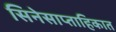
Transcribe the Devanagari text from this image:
सिनेसाप्ताहिकात